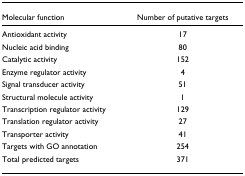
| Molecular function | Number of putative targets |
 | --- | --- |
 | Antioxidant activity | 17 |
 | Nucleic acid binding | 80 |
 | Catalytic activity | 152 |
 | Enzyme regulator activity | 4 |
 | Signal transducer activity | 51 |
 | Structural molecule activity | 1 |
 | Transcription regulator activity | 129 |
 | Translation regulator activity | 27 |
 | Transporter activity | 41 |
 | Targets with GO annotation | 254 |
 | Total predicted targets | 371 |